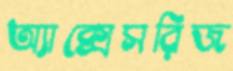
অ্যাক্সেসরিজ